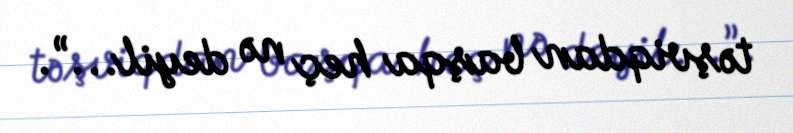
təşviqdan başqa heç nə deyil...”.